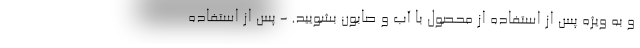
و به ویژه پس از استفاده از محصول با آب و صابون بشویید. - پس از استفاده